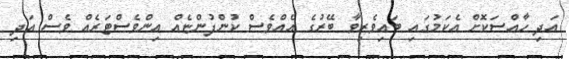
އަދި ހާއްސަކޮށް އެކަމުގައި ބައިވެރިވާ ބޭރުގެ އެއްވެސް ކުންފުންޏެއް އިންވެސްޓަރެއް ވެސް އަދި